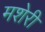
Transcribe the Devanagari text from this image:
मशेरी